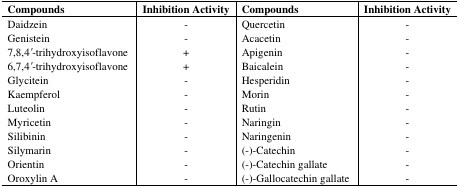
<table><thead><tr><td><b>Compounds</b></td><td><b>Inhibition Activity</b></td><td><b>Compounds</b></td><td><b>Inhibition Activity</b></td></tr></thead><tbody><tr><td>Daidzein</td><td>-</td><td>Quercetin</td><td>-</td></tr><tr><td>Genistein</td><td>-</td><td>Acacetin</td><td>-</td></tr><tr><td>7,8,4<i>&#x27;</i>-trihydroxyisoflavone</td><td>+</td><td>Apigenin</td><td>-</td></tr><tr><td>6,7,4<i>&#x27;</i>-trihydroxyisoflavone</td><td>+</td><td>Baicalein</td><td>-</td></tr><tr><td>Glycitein</td><td>-</td><td>Hesperidin</td><td>-</td></tr><tr><td>Kaempferol</td><td>-</td><td>Morin</td><td>-</td></tr><tr><td>Luteolin</td><td>-</td><td>Rutin</td><td>-</td></tr><tr><td>Myricetin</td><td>-</td><td>Naringin</td><td>-</td></tr><tr><td>Silibinin</td><td>-</td><td>Naringenin</td><td>-</td></tr><tr><td>Silymarin</td><td>-</td><td>(-)-Catechin</td><td>-</td></tr><tr><td>Orientin</td><td>-</td><td>(-)-Catechin gallate</td><td>-</td></tr><tr><td>Oroxylin A</td><td>-</td><td>(-)-Gallocatechin gallate</td><td>-</td></tr></tbody></table>